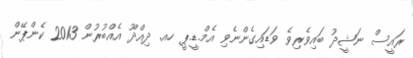
ރައީސް ނަޝީދު ބައިވެރިވެ ވަޑައިގެންނެވި އެމް.ޑީ.ޕީ ހއ. ދިއްދޫ އެއްބުރުން 2013 ކެންޕޭން